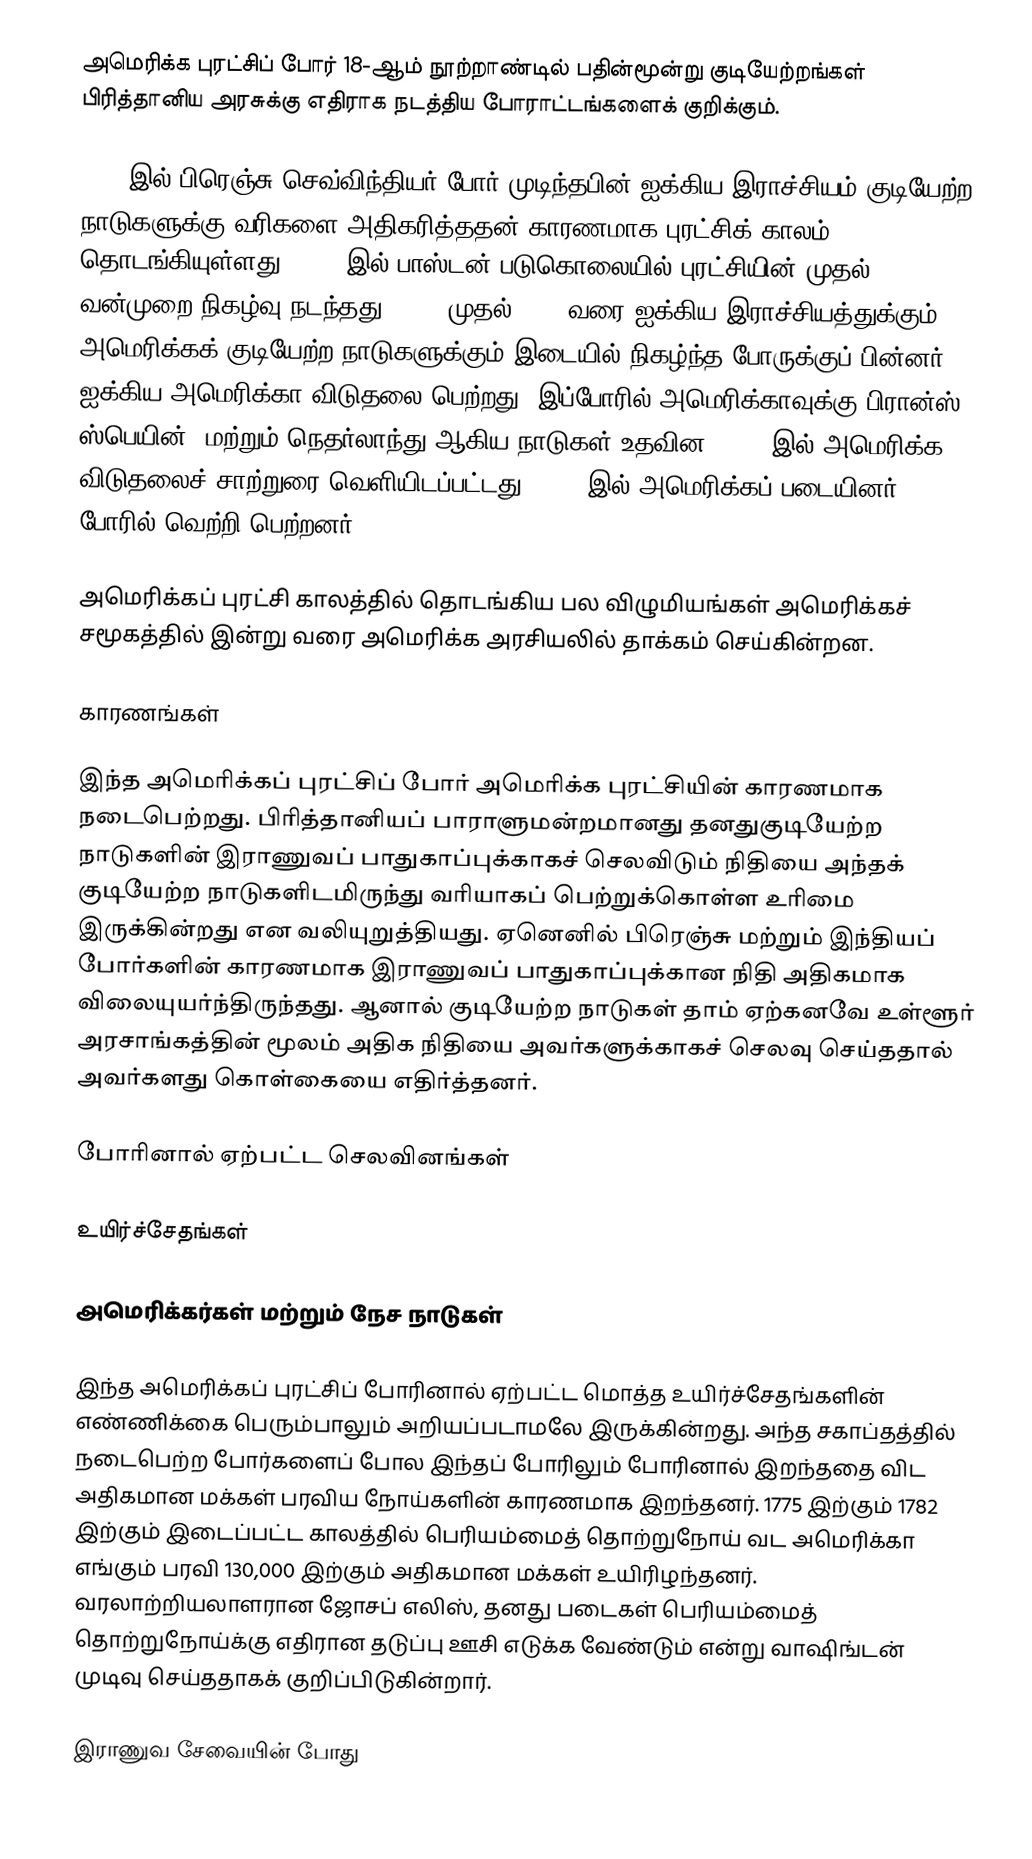
அமெரிக்க புரட்சிப் போர் 18-ஆம் நூற்றாண்டில் பதின்மூன்று குடியேற்றங்கள் பிரித்தானிய அரசுக்கு எதிராக நடத்திய போராட்டங்களைக் குறிக்கும்.

1763-இல் பிரெஞ்சு செவ்விந்தியர் போர் முடிந்தபின் ஐக்கிய இராச்சியம் குடியேற்ற நாடுகளுக்கு வரிகளை அதிகரித்ததன் காரணமாக புரட்சிக் காலம் தொடங்கியுள்ளது. 1770-இல் பாஸ்டன் படுகொலையில் புரட்சியின் முதல் வன்முறை நிகழ்வு நடந்தது. 1775 முதல் 1783 வரை ஐக்கிய இராச்சியத்துக்கும் அமெரிக்கக் குடியேற்ற நாடுகளுக்கும் இடையில் நிகழ்ந்த போருக்குப் பின்னர் ஐக்கிய அமெரிக்கா விடுதலை பெற்றது. இப்போரில் அமெரிக்காவுக்கு பிரான்ஸ், ஸ்பெயின், மற்றும் நெதர்லாந்து ஆகிய நாடுகள் உதவின. 1776-இல் அமெரிக்க விடுதலைச் சாற்றுரை வெளியிடப்பட்டது. 1781-இல் அமெரிக்கப் படையினர் போரில் வெற்றி பெற்றனர்.

அமெரிக்கப் புரட்சி காலத்தில் தொடங்கிய பல விழுமியங்கள் அமெரிக்கச் சமூகத்தில் இன்று வரை அமெரிக்க அரசியலில் தாக்கம் செய்கின்றன.

காரணங்கள்

இந்த அமெரிக்கப் புரட்சிப் போர் அமெரிக்க புரட்சியின் காரணமாக நடைபெற்றது. பிரித்தானியப் பாராளுமன்றமானது தனதுகுடியேற்ற நாடுகளின் இராணுவப் பாதுகாப்புக்காகச் செலவிடும் நிதியை அந்தக் குடியேற்ற நாடுகளிடமிருந்து வரியாகப் பெற்றுக்கொள்ள உரிமை இருக்கின்றது என வலியுறுத்தியது. ஏனெனில் பிரெஞ்சு மற்றும் இந்தியப் போர்களின் காரணமாக இராணுவப் பாதுகாப்புக்கான நிதி அதிகமாக விலையுயர்ந்திருந்தது. ஆனால் குடியேற்ற நாடுகள் தாம் ஏற்கனவே உள்ளூர் அரசாங்கத்தின் மூலம் அதிக நிதியை அவர்களுக்காகச் செலவு செய்ததால் அவர்களது கொள்கையை எதிர்த்தனர்.

போரினால் ஏற்பட்ட செலவினங்கள்

உயிர்ச்சேதங்கள்

அமெரிக்கர்கள் மற்றும் நேச நாடுகள்

இந்த அமெரிக்கப் புரட்சிப் போரினால் ஏற்பட்ட மொத்த உயிர்ச்சேதங்களின் எண்ணிக்கை பெரும்பாலும் அறியப்படாமலே இருக்கின்றது. அந்த சகாப்தத்தில் நடைபெற்ற போர்களைப் போல இந்தப் போரிலும் போரினால் இறந்ததை விட அதிகமான மக்கள் பரவிய நோய்களின் காரணமாக இறந்தனர். 1775 இற்கும் 1782 இற்கும் இடைப்பட்ட காலத்தில் பெரியம்மைத் தொற்றுநோய் வட அமெரிக்கா எங்கும் பரவி 130,000 இற்கும் அதிகமான மக்கள் உயிரிழந்தனர். வரலாற்றியலாளரான ஜோசப் எலிஸ், தனது படைகள் பெரியம்மைத் தொற்றுநோய்க்கு எதிரான தடுப்பு ஊசி எடுக்க வேண்டும் என்று வாஷிங்டன் முடிவு செய்ததாகக் குறிப்பிடுகின்றார்.

இராணுவ சேவையின் போது